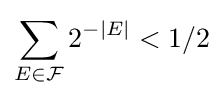
\sum _{E\in {\mathcal {F}}}2^{-|E|}<1/2